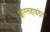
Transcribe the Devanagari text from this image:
क्लोरलहाइड्रेट